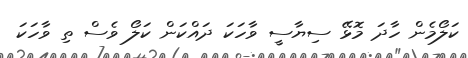
ކަލޯމެން ހާދަ މޮޅޭ ސިޔާސީ ވާހަކަ ދައްކަން ކަލޯ ވެސް ތި ވާހަކަ